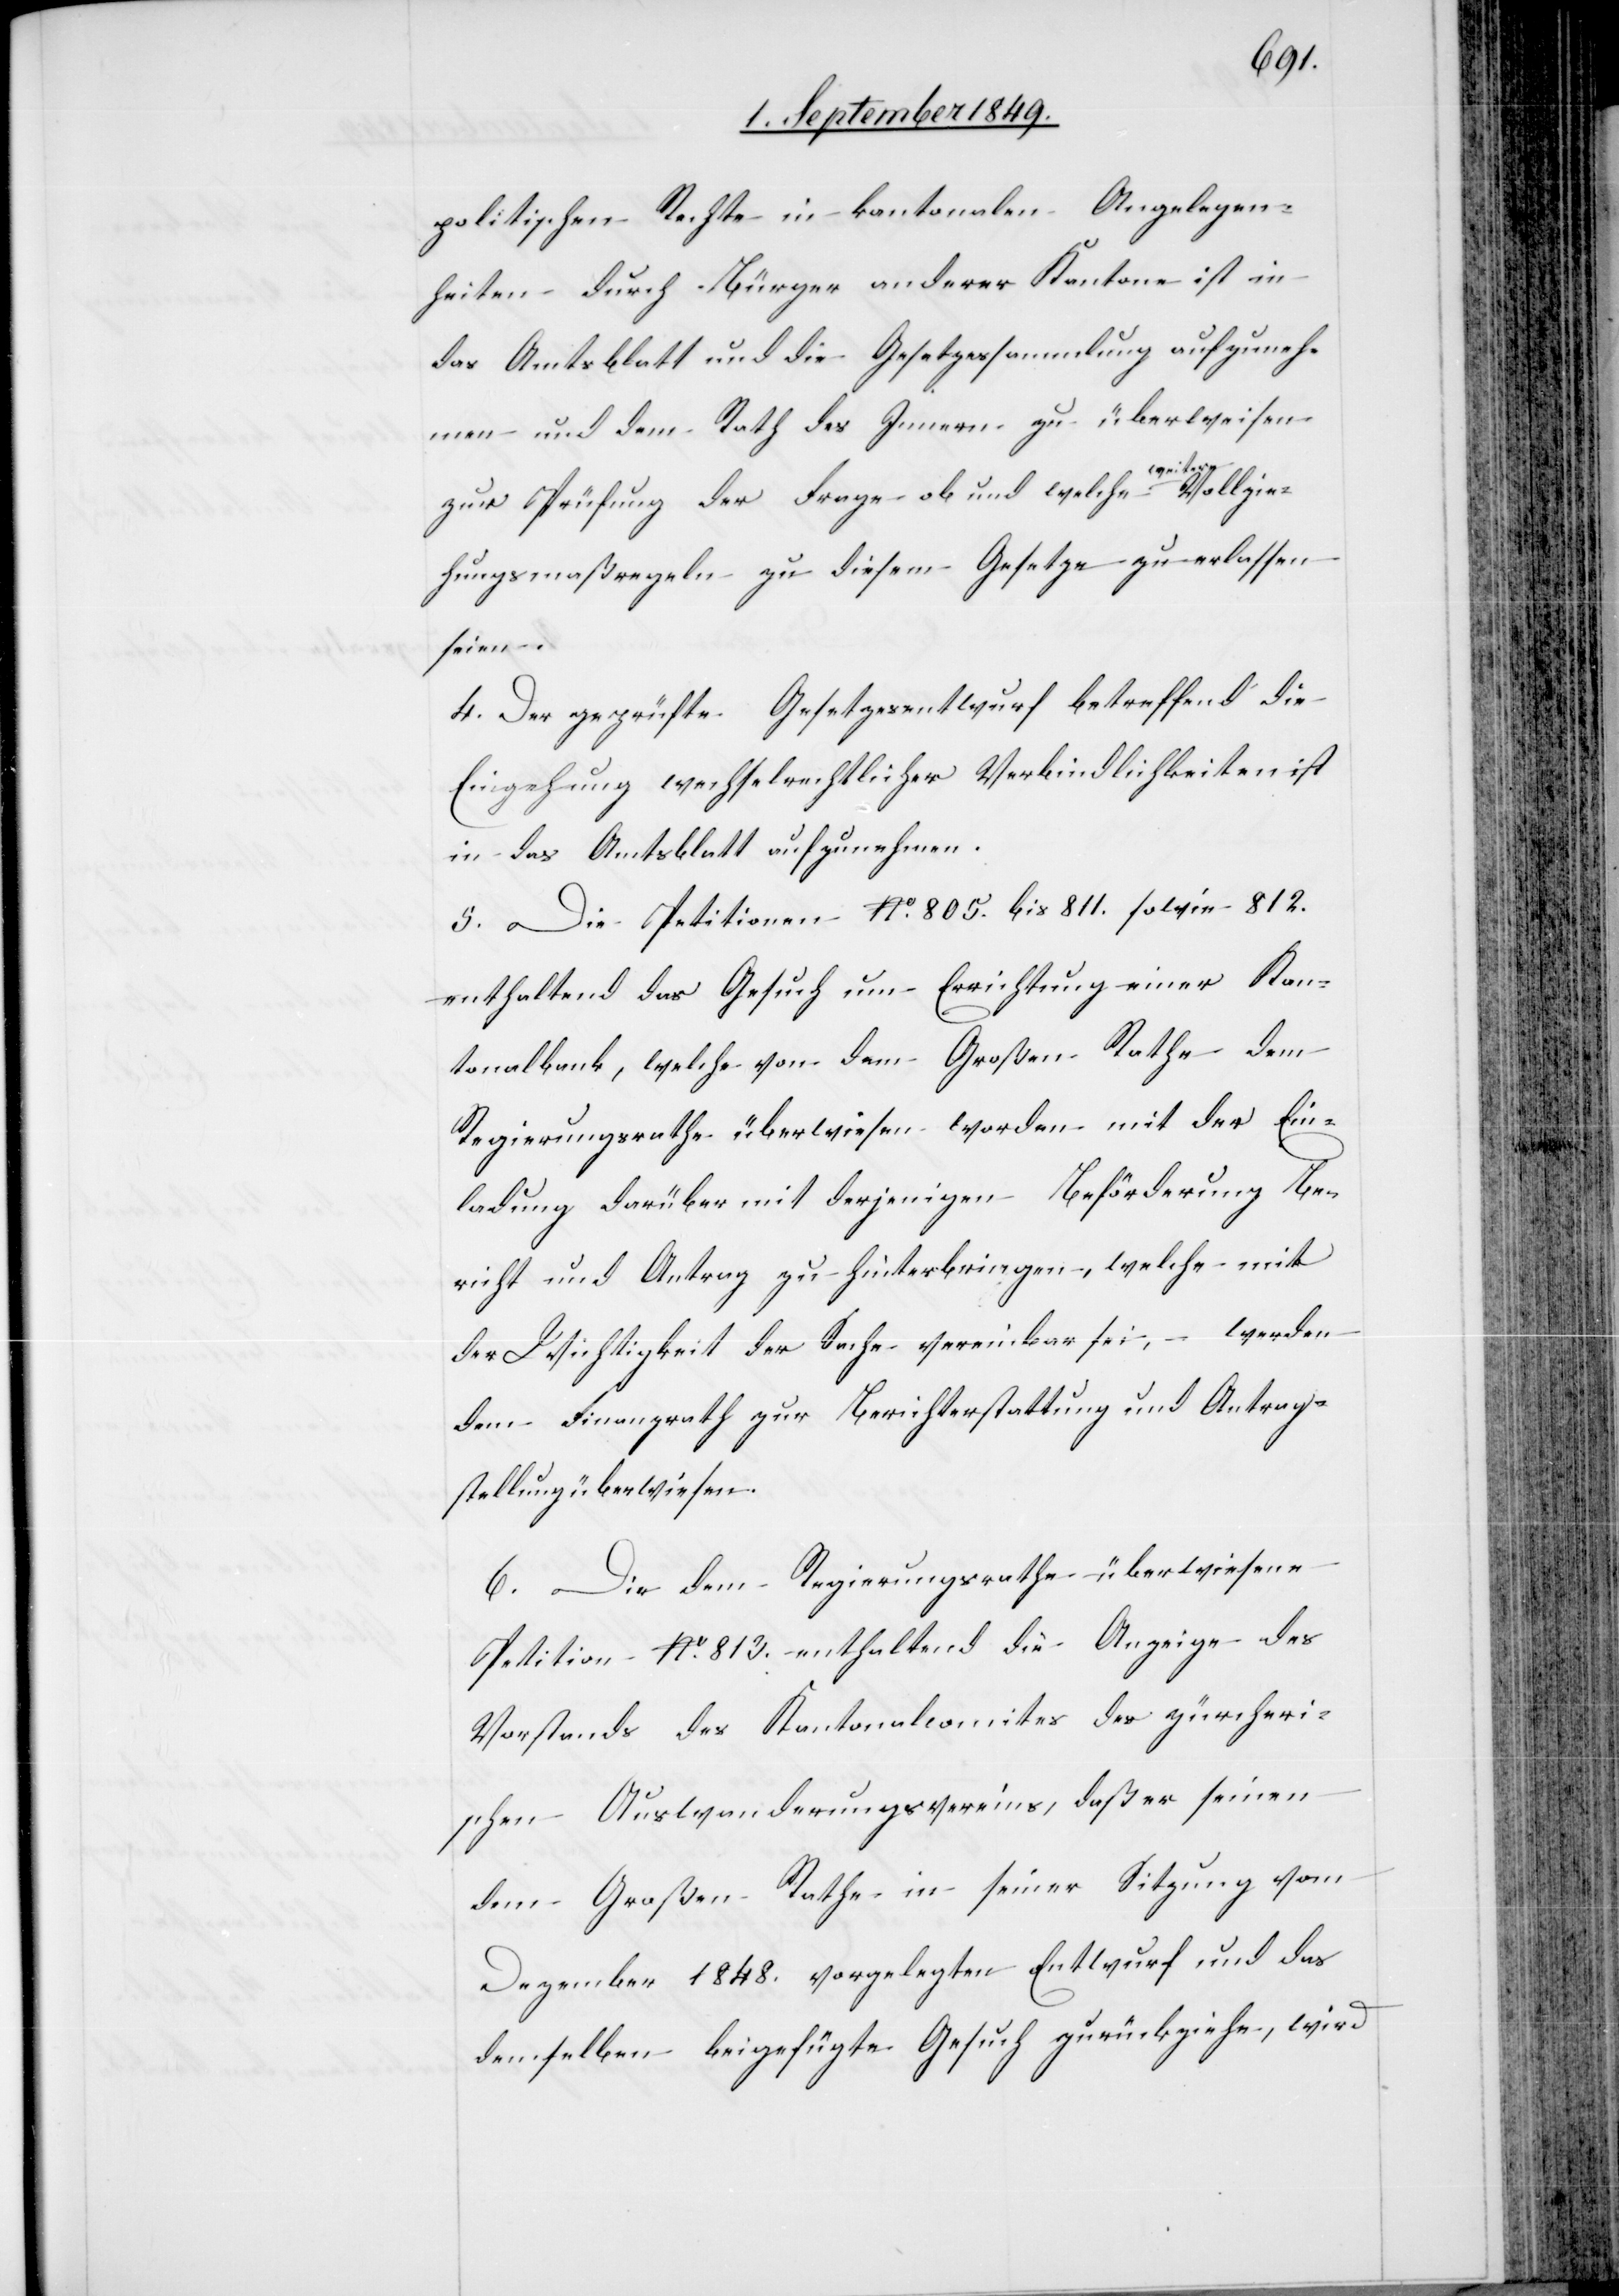
Vollzi¬
politischen Rechte in kantonalen Angelegen¬
heiten durch Bürger anderer Kantone ist in
das Amtsblatt und die Gesetzessammlung aufzuneh¬
men und dem Rath des Innern zu überweisen
zur Prüfung der Frage ob und welche a-weitere-a
ehungsmaßregeln zu diesem Gesetze zu erlassen
seien.
4. Der geprüfte Gesetzesentwurf betreffend die
Einzahlung wechselrechtlicher Verbindlichkeiten ist
in das Amtsblatt aufzunehmen.
5. Die Petitionen No. 805. bis 811. sowie 812.
enthaltend das Gesuch um Errichtung einer Kan¬
tonalbank, welche von dem Großen Rathe dem
Regierungsrathe überwiesen worden mit der Ein¬
ladung darüber mit derjenigen Beförderung Be¬
richt und Antrag zu hinterbringen, welche mit
der Wichtigkeit der Sache vereinbar sei, werden
dem Finanzrath zur Berichterstattung und Antrag¬
stellung überwiesen.
6. Die dem Regierungsrathe überwiesene
Petition No. 813. enthaltend die Anzeige des
Vorstands des Kantonalcomites des zürcheri¬
schen Auswanderungsvereins, daß er seinen
dem Großen Rathe in seiner Sitzung vom
Dezember 1848. vorgelegten Entwurf und das
demselben beigefügte Gesuch zurückziehe, wird